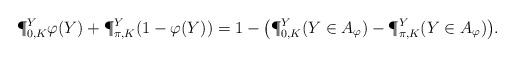
LaTeX: \begin{align*}\P_{0,K}^Y \varphi(Y) + \P_{\pi,K}^Y ( 1 - \varphi(Y) ) &= 1 - \big(\P_{0,K}^Y(Y \in A_\varphi) - \P_{\pi,K}^Y(Y \in A_\varphi)\big).\end{align*}